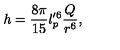
h = \frac { 8 \pi } { 1 5 } l _ { p } ^ { \prime 6 } \frac { Q } { r ^ { 6 } } ,